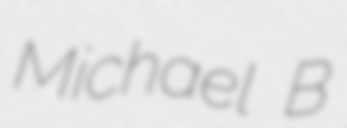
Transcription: Michael B